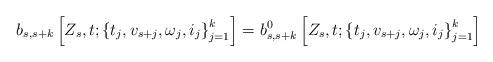
LaTeX: \begin{align*}b_{s,s+k}\left[Z_s,t;\left\{t_j,v_{s+j},\omega_j,i_j\right\}_{j=1}^k\right]= b_{s,s+k}^0\left[Z_s,t;\left\{t_j,v_{s+j},\omega_j,i_j\right\}_{j=1}^k \right]\end{align*}